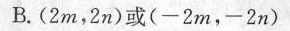
B.(2m，2n)或(-2m，-2n)